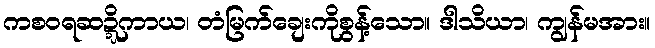
ကစဝရဆဍ္ဍိကာယ၊ တံမြက်ချေးကိုစွန့်သော။ ဒါသိယာ၊ ကျွန်မအား။